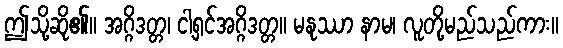
ဤသို့ဆို၏။ အဂ္ဂိဒတ္တ၊ ငါ့ရှင်အဂ္ဂိဒတ္တ။ မနုဿာ နာမ၊ လူတို့မည်သည်ကား။